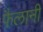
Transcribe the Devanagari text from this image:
फैलानी